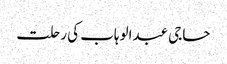
حاجی عبدالوہاب کی رحلت